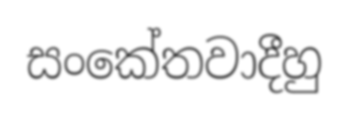
සංකේතවාදීහු